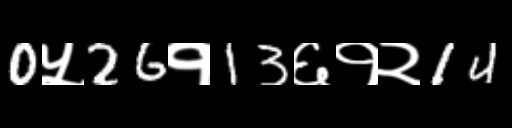
Text: 0५26१13६१२14